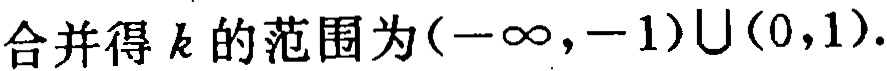
合并得 \(k\) 的范围为\((-\infty,-1)\cup(0,1)\).